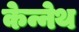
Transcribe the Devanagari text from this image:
केन्नेथ